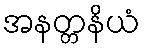
အနတ္တနိယံ